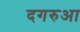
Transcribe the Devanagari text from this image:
दगरुआ